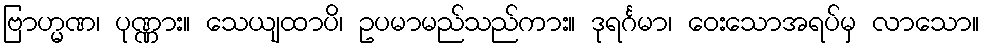
ဗြာဟ္မဏ၊ ပုဏ္ဏား။ သေယျထာပိ၊ ဥပမာမည်သည်ကား။ ဒုရင်္ဂမာ၊ ဝေးသောအရပ်မှ လာသော။